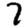
Digit: 7